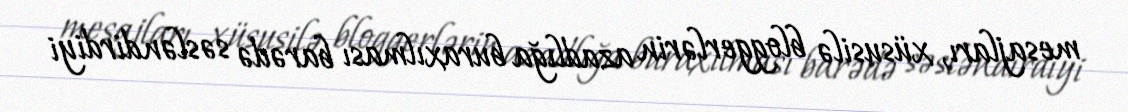
mesajları, xüsusilə bloggerlərin azadlığa buraxılması barədə səsləndirdiyi